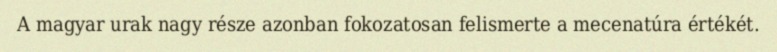
A magyar urak nagy része azonban fokozatosan felismerte a mecenatúra értékét.